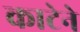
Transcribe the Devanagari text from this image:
काटेने